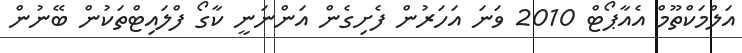
އަލްމަކްތޫމް އެއާޕޯޓް 2010 ވަނަ އަހަރުން ފެށިގެން އަންނަނީ ކާގޯ ފްލައިޓްތަކުން ބޭނުން